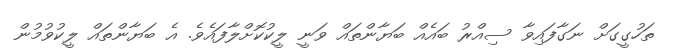
ތަހުގީގަށް ނަގާފައިވާ ސިއްރު ބައެއް ބަޔާންތައް ވަނީ ލީކުކޮށްލާފައެވެ. އެ ބަޔާންތައް ލީކުވުމުން